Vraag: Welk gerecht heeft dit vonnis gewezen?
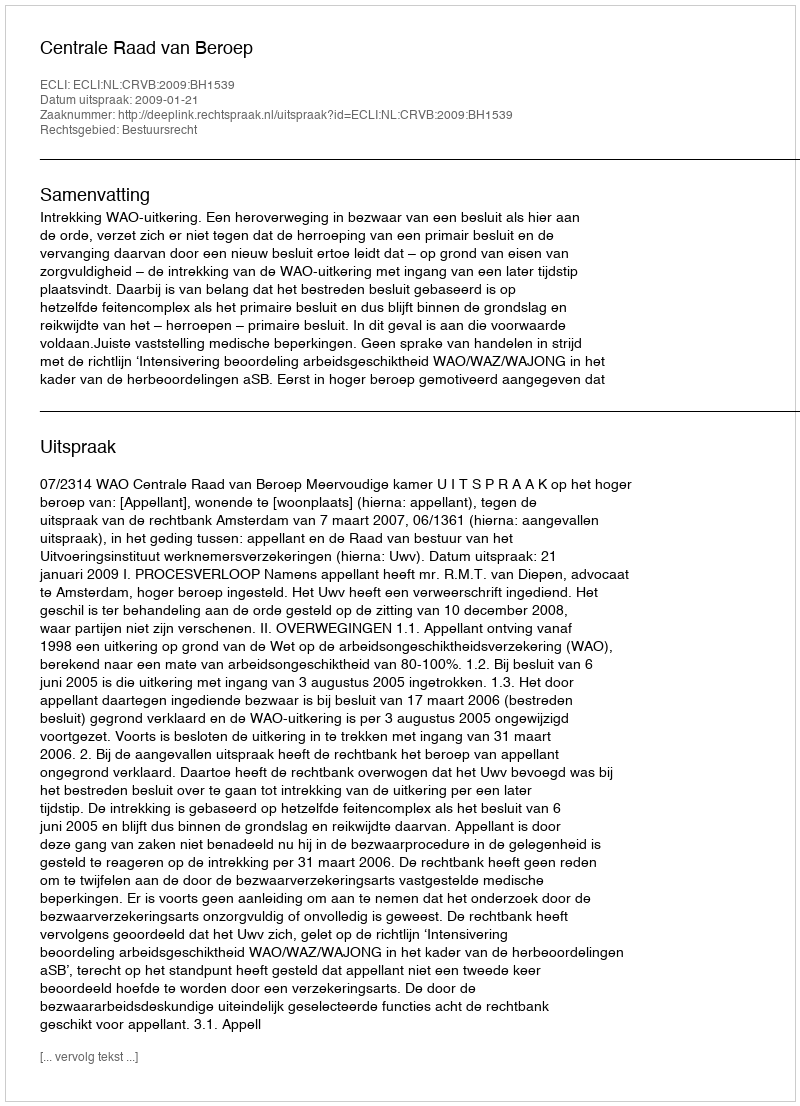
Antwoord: Centrale Raad van Beroep